Leaving Certificate, 1897
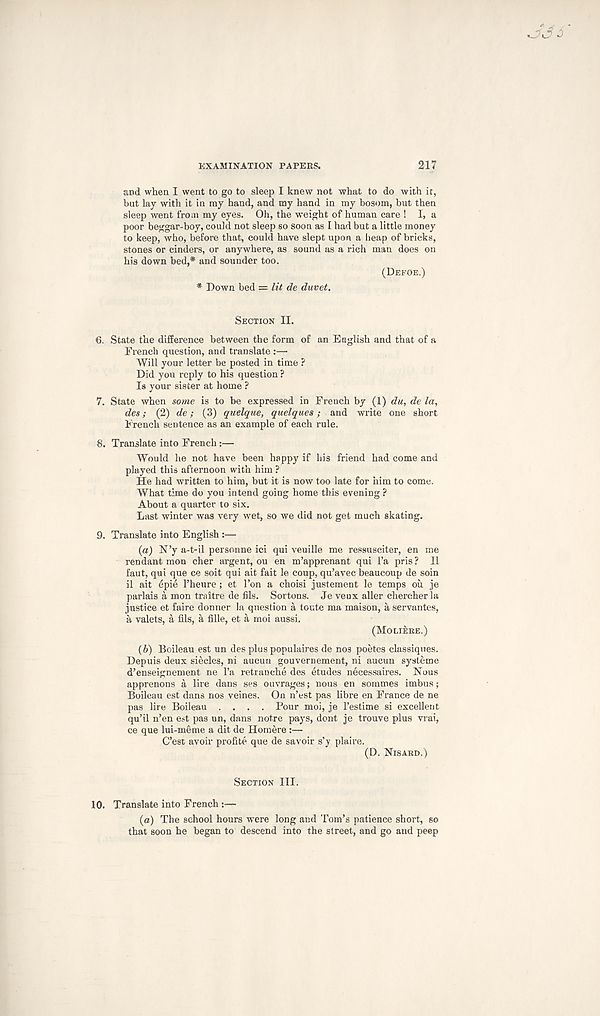
EXAMINATION PAPERS.
217
3*3 $
and when I went to go to sleep I knew not what to do with it,
but lay with it in ray hand, and my hand in my bosom, but then
sleep went from my eyes. Oh, the weight of human care ! I, a
poor beggar-boy, could not sleep so soon as I had but a little money
to keep, who, before that, could have slept upon a heap of bricks,
stones or cinders, or anywhere, as sound as a rich man does on
his down bed,* and sounder too.
(DEFOE.)
* Down bed = lit de duvet.
SECTION II.
6. State the difference between the form of an English and that of a
French question, and translate :—
Will your letter be posted in time ?
Did you reply to his question ?
Is your sister at home ?
7. State when some is to be expressed in French by (1) du, de la,
des; (2) de; (3) quelque, quelques; and write one short
French sentence as an example of each rule.
8. Translate into French :—
Would he not have been happy if his friend had come and
played this afternoon with him ?
He had written to him, but it is now too late for him to come.
What time do you intend going home this evening ?
About a quarter to six.
Last winter was very wet, so we did not get much skating.
9. Translate into English :—
(а) N’y a-t-il personne ici qui veuille me ressusciter, en me
rendant mon cher argent, ou en m’apprenant qui l’a pris? II
faut, qui que ce soit qui ait fait le coup, qu’avec beaucoup de soin
il ait epie 1’heure ; et Ton a choisi justement le temps ou je
parlais a mon traitre de fils. Sortons. Je veux aller chercher la
justice et faire donner la question a toute ma maison, a servantes,
a valets, a fils, a fille, et a moi aussi.
(MOLIERE.)
(б) Boileau est un des plus populaires de nos poetes classiques.
Depuis deux siecles, ni aucun gouvernement, ni aucun sysleme
d’enseignement ne 1’a retranche des etudes necessaires. Nous
apprenons a lire dans ses ouvrages; nous en sommes imbus;
Boileau est dans nos veines. On n’est pas fibre en France de ne
pas fire Boileau .... Pour moi, je 1’estime si excellent
qu’il n’en est pas un, dans notre pays, dont je trouve plus vrai,
ce que lui-meme a dit de Homere :—
C’est avoir profile que de savoir s’y plaire.
(D. NISARD.)
SECTION III.
10.
Translate into French :—
(a) The school hours were long and Tom’s patience short, so
that soon he began to descend into the street, and go and peep